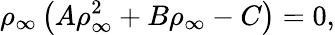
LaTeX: \rho_{\infty}\left(A\rho_{\infty}^{2}+B\rho_{\infty}-C\right)=0,